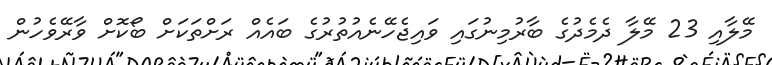
މޭލާއި 23 މޭލާ ދެމެދުގެ ބާރުމިނުގައި ވައިޖެހޭނެއުތުރުގެ ބައެއް ރަށްތަކަށް ބޯކޮށް ވާރޭވެހުން